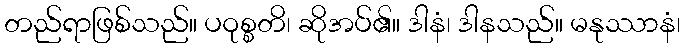
တည်ရာဖြစ်သည်။ ပဝုစ္စတိ၊ ဆိုအပ်၏။ ဒါနံ၊ ဒါနသည်။ မနုဿာနံ၊